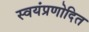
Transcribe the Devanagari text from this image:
स्वयंप्रणोदित